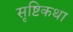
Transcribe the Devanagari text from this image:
सृष्टिकथा